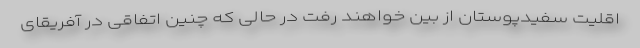
اقلیت سفیدپوستان از بین خواهند رفت در حالی که چنین اتفاقی در آفریقای